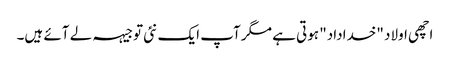
اچھی اولاد "خداداد" ہوتی ہے مگر آپ ایک نئی توجیہہ لے آئے ہیں۔